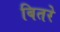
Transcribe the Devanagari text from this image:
बितरे